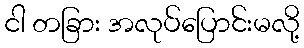
ငါ တခြား အလုပ်ပြောင်းမလို့